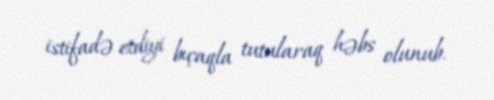
istifadə etdiyi bıçaqla tutularaq həbs olunub.